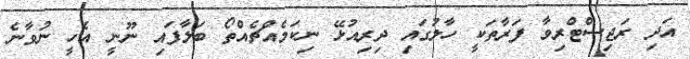
އަދި ރަޖިސްޓްރިވާ ފަރާތަކީ ހާލުގައި ދިރިއުޅޭ ނިކަމެއްޗެއްތޯ ބަލާފައި ނޫނީ އެހީ ނުވާނެ